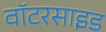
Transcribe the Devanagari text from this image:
वॉटरसाइड